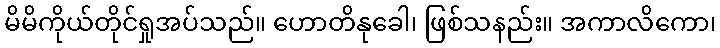
မိမိကိုယ်တိုင်ရှုအပ်သည်။ ဟောတိနုခေါ၊ ဖြစ်သနည်း။ အကာလိကော၊